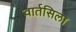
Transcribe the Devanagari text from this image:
वार्तसिला